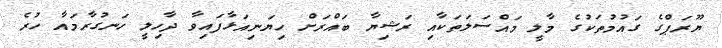
ޔޫރަޕްގެ ގައުމުތަކުގެ މާލީ މައްސަލަތަކާއި ރަޝިޔާ ބައްރަށް ހިޔަނިއަޅާފައިވާ ދާހިލީ ހަނގުރާމައާ ހުރެ